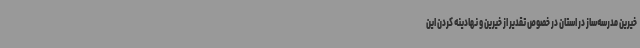
خیرین مدرسه‌ساز در استان در خصوص تقدیر از خیرین و نهادینه کردن این